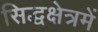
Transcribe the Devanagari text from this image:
सिद्धक्षेत्रमें